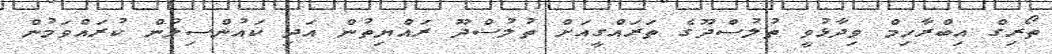
ތޯރިގް އިބްރާހިމް ވިދާޅުވީ ތުލުސްދޫގެ ތަރައްގީއަށް ތުލުސްދޫ ރައްޔިތުން އަދި ކައުންސިލުން ކުރައްވަމުން